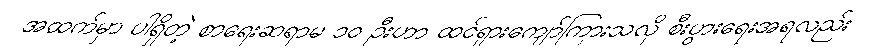
အထက်မှာ ပါရှိတဲ့ စာရေးဆရာမ ၁၀ ဦးဟာ ထင်ရှားကျော်ကြားသလို စီးပွားရေးအရလည်း